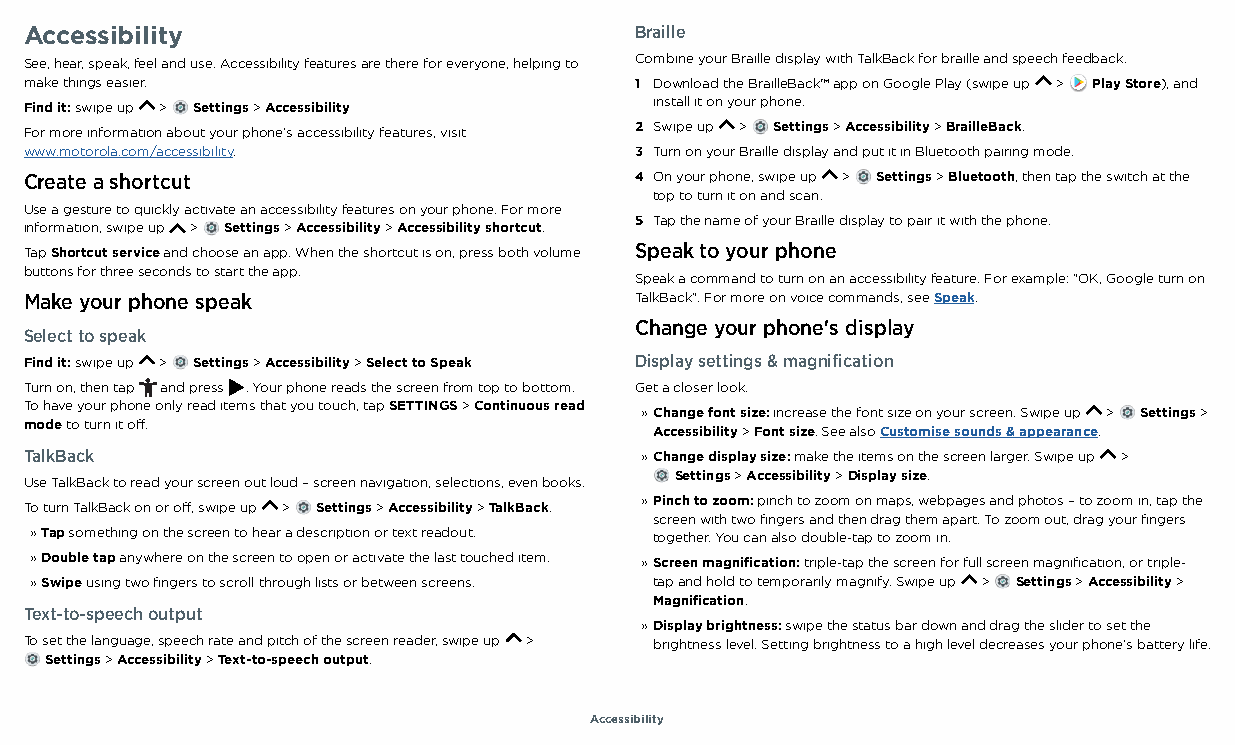
Accessibility                           Braille
 See, hear, speak, feel and use. Accessibility features are there for everyone, helping to Combine your Braille display with TalkBack for braille and speech feedback.
 make things easier.                     1 Download the BrailleBack™ app on Google Play (swipe up > Play Store), and
 Find it: swipe up > Settings > Accessibility install it on your phone.
 For more information about your phone's accessibility features, visit 2 Swipe up > Settings > Accessibility > BrailleBack.
 www.motorola.com/accessibility.         3 Turn on your Braille display and put it in Bluetooth pairing mode.
 Create a shortcut                       4 On your phone, swipe up > Settings > Bluetooth, then tap the switch at the
 top to turn it on and scan.
 Use a gesture to quickly activate an accessibility features on your phone. For more
 5 Tap the name of your Braille display to pair it with the phone.
 information, swipe up > Settings > Accessibility > Accessibility shortcut.
 Tap Shortcut service and choose an app. When the shortcut is on, press both volume Speak to your phone
 buttons for three seconds to start the app.
 Speak a command to turn on an accessibility feature. For example: "OK, Google turn on
 Make your phone speak                   TalkBack". For more on voice commands, see Speak.
 Change your phone's display
 Select to speak
 Find it: swipe up > Settings > Accessibility > Select to Speak Display settings & magnification
 Turn on, then tap and press . Your phone reads the screen from top to bottom. Get a closer look.
 To have your phone only read items that you touch, tap SETTINGS > Continuous read » Change font size: increase the font size on your screen. Swipe up > Settings >
 mode to turn it off.                     Accessibility > Font size. See also Customise sounds & appearance.
 TalkBack                                » Change display size: make the items on the screen larger. Swipe up >
 Settings > Accessibility > Display size.
 Use TalkBack to read your screen out loud – screen navigation, selections, even books.
 » Pinch to zoom: pinch to zoom on maps, webpages and photos – to zoom in, tap the
 To turn TalkBack on or off, swipe up > Settings > Accessibility > TalkBack.
 screen with two fingers and then drag them apart. To zoom out, drag your fingers
 » Tap something on the screen to hear a description or text readout. together. You can also double-tap to zoom in.
 » Double tap anywhere on the screen to open or activate the last touched item. » Screen magnification: triple-tap the screen for full screen magnification, or triple-
 » Swipe using two fingers to scroll through lists or between screens. tap and hold to temporarily magnify. Swipe up > Settings > Accessibility >
 Magnification.
 Text-to-speech output
 » Display brightness: swipe the status bar down and drag the slider to set the
 To set the language, speech rate and pitch of the screen reader, swipe up > brightness level. Setting brightness to a high level decreases your phone's battery life.
 Settings > Accessibility > Text-to-speech output.
 Accessibility